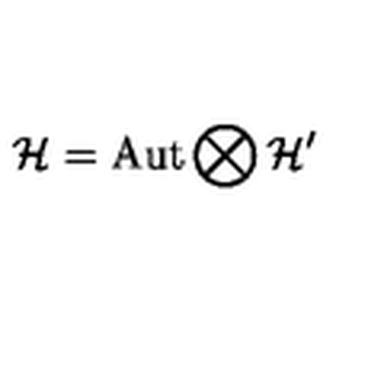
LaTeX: \mathcal { H } = \mathrm { A u t } \bigotimes \mathcal { H } ^ { \prime }